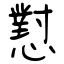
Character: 懟